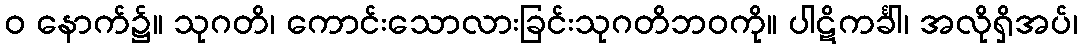
ဝ နောက်၌။ သုဂတိ၊ ကောင်းသောလားခြင်းသုဂတိဘဝကို။ ပါဋိကင်္ခါ၊ အလိုရှိအပ်၊